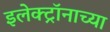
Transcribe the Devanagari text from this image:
इलेक्ट्रॉनाच्या